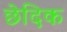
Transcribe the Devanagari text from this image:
छेदिक